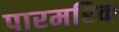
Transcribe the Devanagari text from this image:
पारमरिक